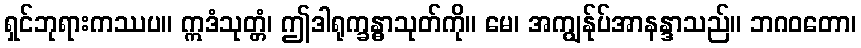
ရှင်ဘုရားကဿပ။ ဣဒံသုတ္တံ၊ ဤဒါရုက္ခန္ဓာသုတ်ကို။ မေ၊ အကျွန်ုပ်အာနန္ဒာသည်။ ဘဂဝတော၊